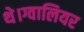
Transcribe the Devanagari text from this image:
थे।ग्वालियर